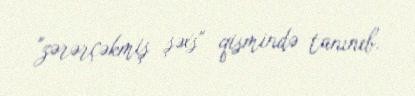
"zərərçəkmiş şəxs" qismində tanınıb.